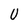
Character: U